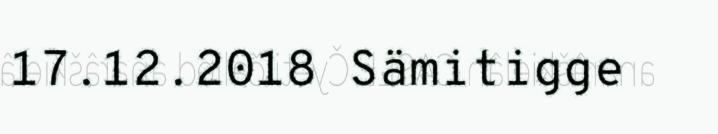
17.12.2018 Sämitigge